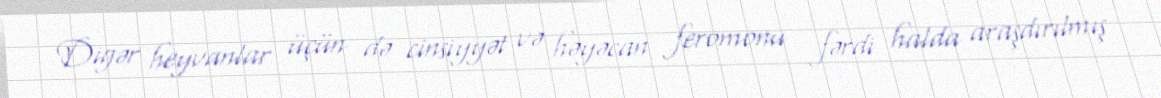
Digər heyvanlar üçün də cinsiyyət və həyəcan feromonu fərdi halda araşdırılmış